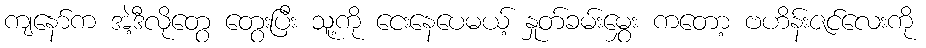
ကျနော်က အဲ့ဒီလိုတွေ တွေးပြီး သူ့ကို ငေးနေပေမယ့် နှုတ်ခမ်းမွှေး ကတော့ ဗဟိန်းဇင်လေးကို